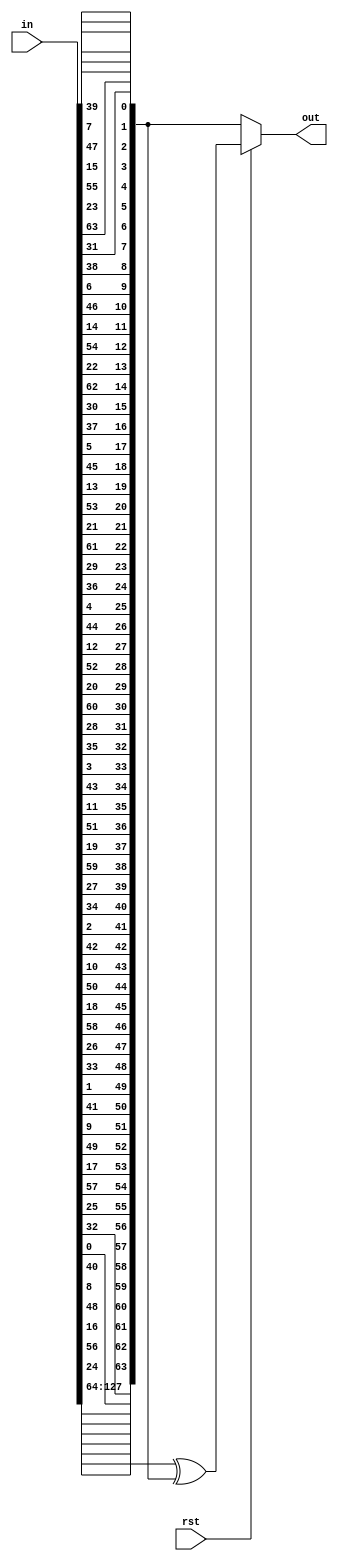
// Inverse of the Initial Permutation Structure
module inv_perm (
input         rst,
input [127:0] in,
output [63:0] out
);
wire [63:0] out_not;

assign out_not[0] = in[39];
assign out_not[1] = in[7];
assign out_not[2] = in[47];
assign out_not[3] = in[15];
assign out_not[4] = in[55];
assign out_not[5] = in[23];
assign out_not[6] = in[63];
assign out_not[7] = in[31];
assign out_not[8] = in[38];
assign out_not[9] = in[6];
assign out_not[10] = in[46];
assign out_not[11] = in[14];
assign out_not[12] = in[54];
assign out_not[13] = in[22];
assign out_not[14] = in[62];
assign out_not[15] = in[30];
assign out_not[16] = in[37];
assign out_not[17] = in[5];
assign out_not[18] = in[45];
assign out_not[19] = in[13];
assign out_not[20] = in[53];
assign out_not[21] = in[21];
assign out_not[22] = in[61];
assign out_not[23] = in[29];
assign out_not[24] = in[36];
assign out_not[25] = in[4];
assign out_not[26] = in[44];
assign out_not[27] = in[12];
assign out_not[28] = in[52];
assign out_not[29] = in[20];
assign out_not[30] = in[60];
assign out_not[31] = in[28];
assign out_not[32] = in[35];
assign out_not[33] = in[3];
assign out_not[34] = in[43];
assign out_not[35] = in[11];
assign out_not[36] = in[51];
assign out_not[37] = in[19];
assign out_not[38] = in[59];
assign out_not[39] = in[27];
assign out_not[40] = in[34];
assign out_not[41] = in[2];
assign out_not[42] = in[42];
assign out_not[43] = in[10];
assign out_not[44] = in[50];
assign out_not[45] = in[18];
assign out_not[46] = in[58];
assign out_not[47] = in[26];
assign out_not[48] = in[33];
assign out_not[49] = in[1];
assign out_not[50] = in[41];
assign out_not[51] = in[9];
assign out_not[52] = in[49];
assign out_not[53] = in[17];
assign out_not[54] = in[57];
assign out_not[55] = in[25];
assign out_not[56] = in[32];
assign out_not[57] = in[0];
assign out_not[58] = in[40];
assign out_not[59] = in[8];
assign out_not[60] = in[48];
assign out_not[61] = in[16];
assign out_not[62] = in[56];
assign out_not[63] = in[24];

assign out = (rst)?(in[127:64]^out_not):out_not;

endmodule